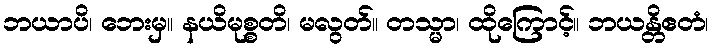
ဘယာပိ၊ ဘေးမှ။ နယိမုစ္စတိ၊ မလွတ်။ တသ္မာ၊ ထိုကြောင့်။ ဘယန္တိဧတံ၊